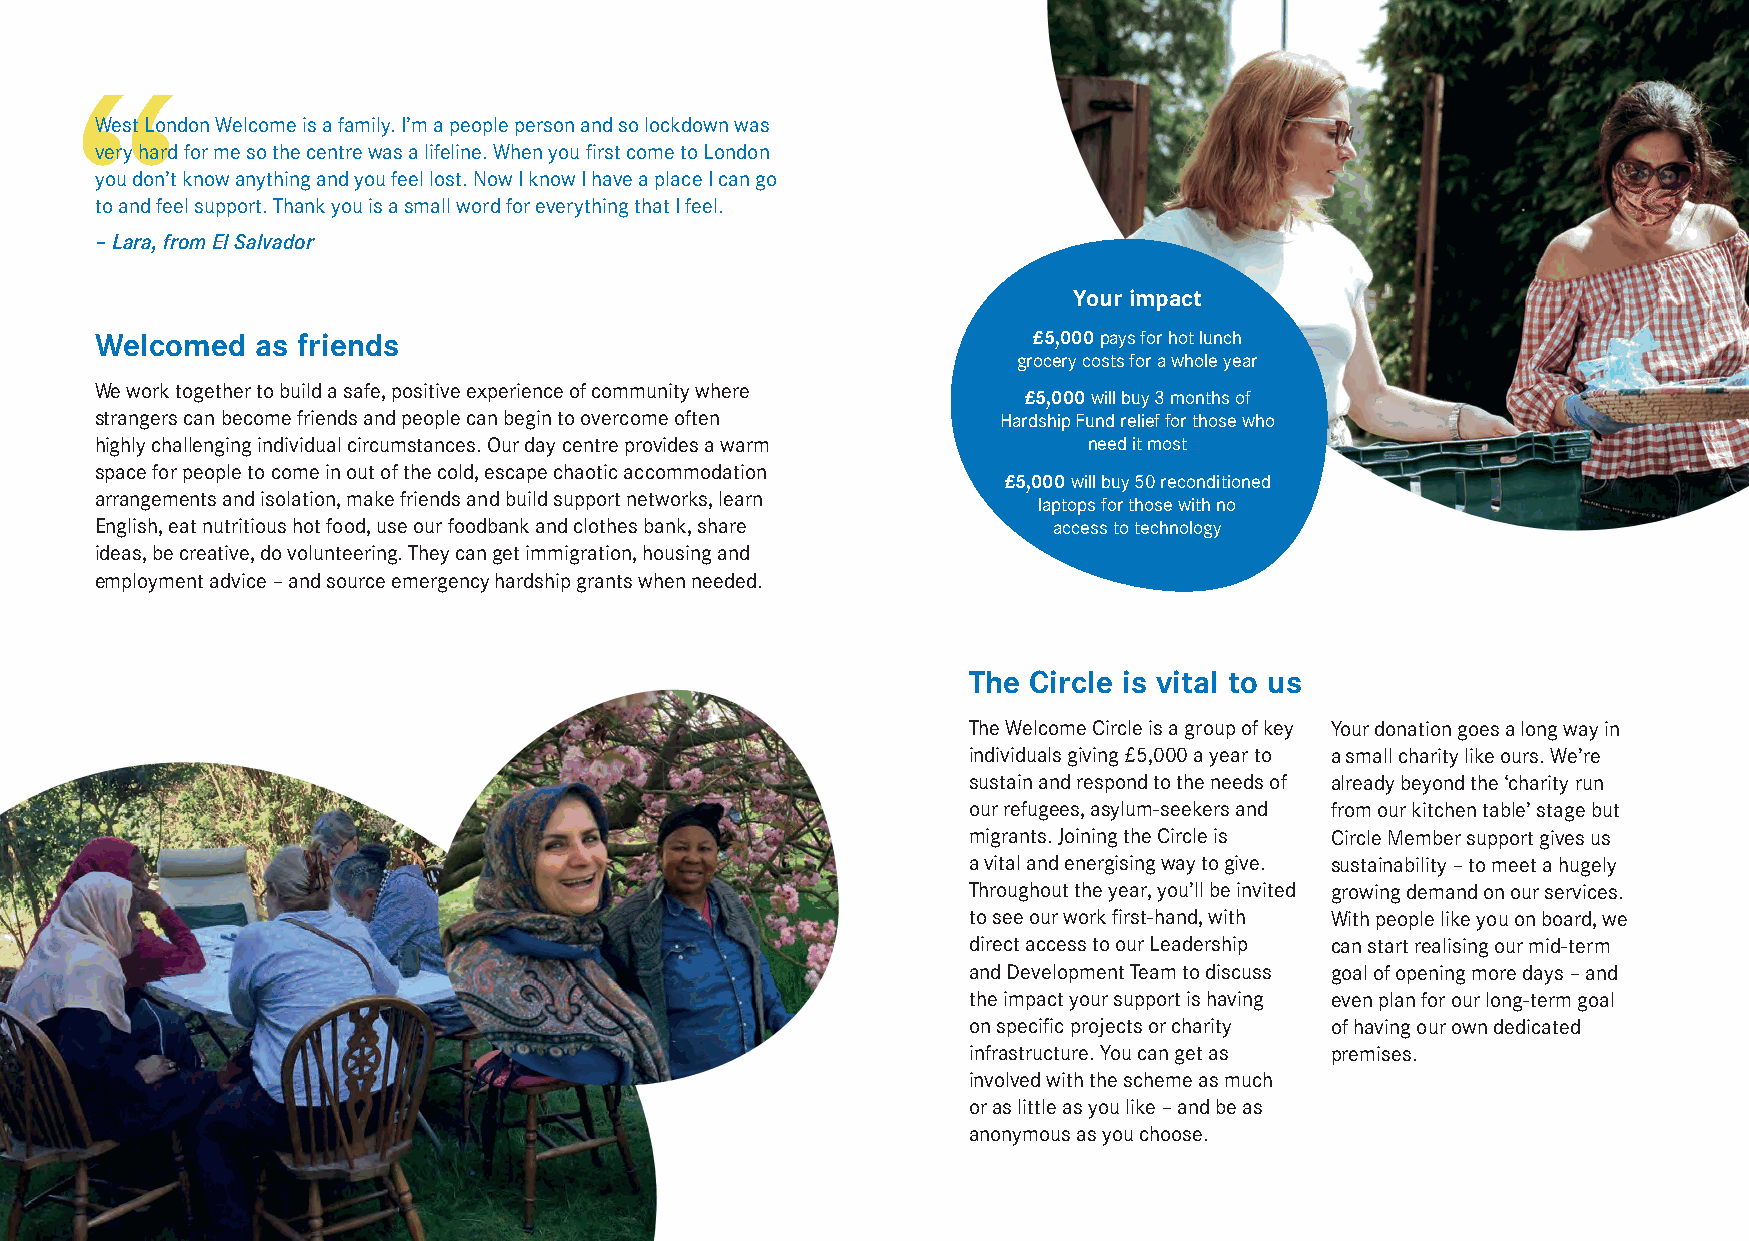
West London Welcome is a family. I’m a people person and so lockdown was
 very hard for me so the centre was a lifeline. When you first come to London
 you don’t know anything and you feel lost. Now I know I have a place I can go
 to and feel support. Thank you is a small word for everything that I feel.
 – Lara, from El Salvador
 Your impact
 Welcomed   as friends                                         £5,000 pays for hot lunch
 grocery costs for a whole year
 We work together to build a safe, positive experience of community where
 £5,000 will buy 3 months of
 strangers can become friends and people can begin to overcome often Hardship Fund relief for those who
 highly challenging individual circumstances. Our day centre provides a warm need it most
 space for people to come in out of the cold, escape chaotic accommodation
 £5,000 will buy 50 reconditioned
 arrangements and isolation, make friends and build support networks, learn laptops for those with no
 English, eat nutritious hot food, use our foodbank and clothes bank, share access to technology
 ideas, be creative, do volunteering. They can get immigration, housing and
 employment advice – and source emergency hardship grants when needed.
 The Circle is vital to us
 The Welcome Circle is a group of key Your donation goes a long way in
 individuals giving £5,000 a year to a small charity like ours. We’re
 sustain and respond to the needs of already beyond the ‘charity run
 our refugees, asylum-seekers and from our kitchen table’ stage but
 migrants. Joining the Circle is Circle Member support gives us
 a vital and energising way to give. sustainability – to meet a hugely
 Throughout the year, you’ll be invited growing demand on our services.
 to see our work first-hand, with With people like you on board, we
 direct access to our Leadership can start realising our mid-term
 and Development Team to discuss goal of opening more days – and
 the impact your support is having even plan for our long-term goal
 on specific projects or charity of having our own dedicated
 infrastructure. You can get as premises.
 involved with the scheme as much
 or as little as you like – and be as
 anonymous as you choose.